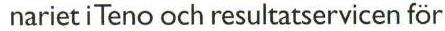
nariet i Teno och resultatservicen för